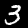
Label: 3